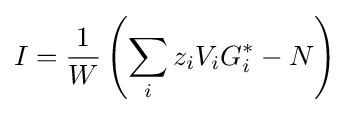
I={\frac {1}{W}}\left(\sum _{i}z_{i}V_{i}G_{i}^{*}-N\right)